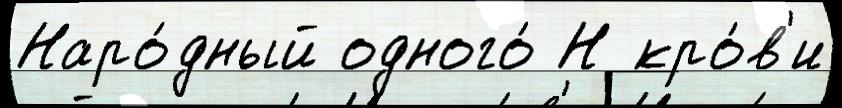
Наро́дный одного́ Н кро́в'и